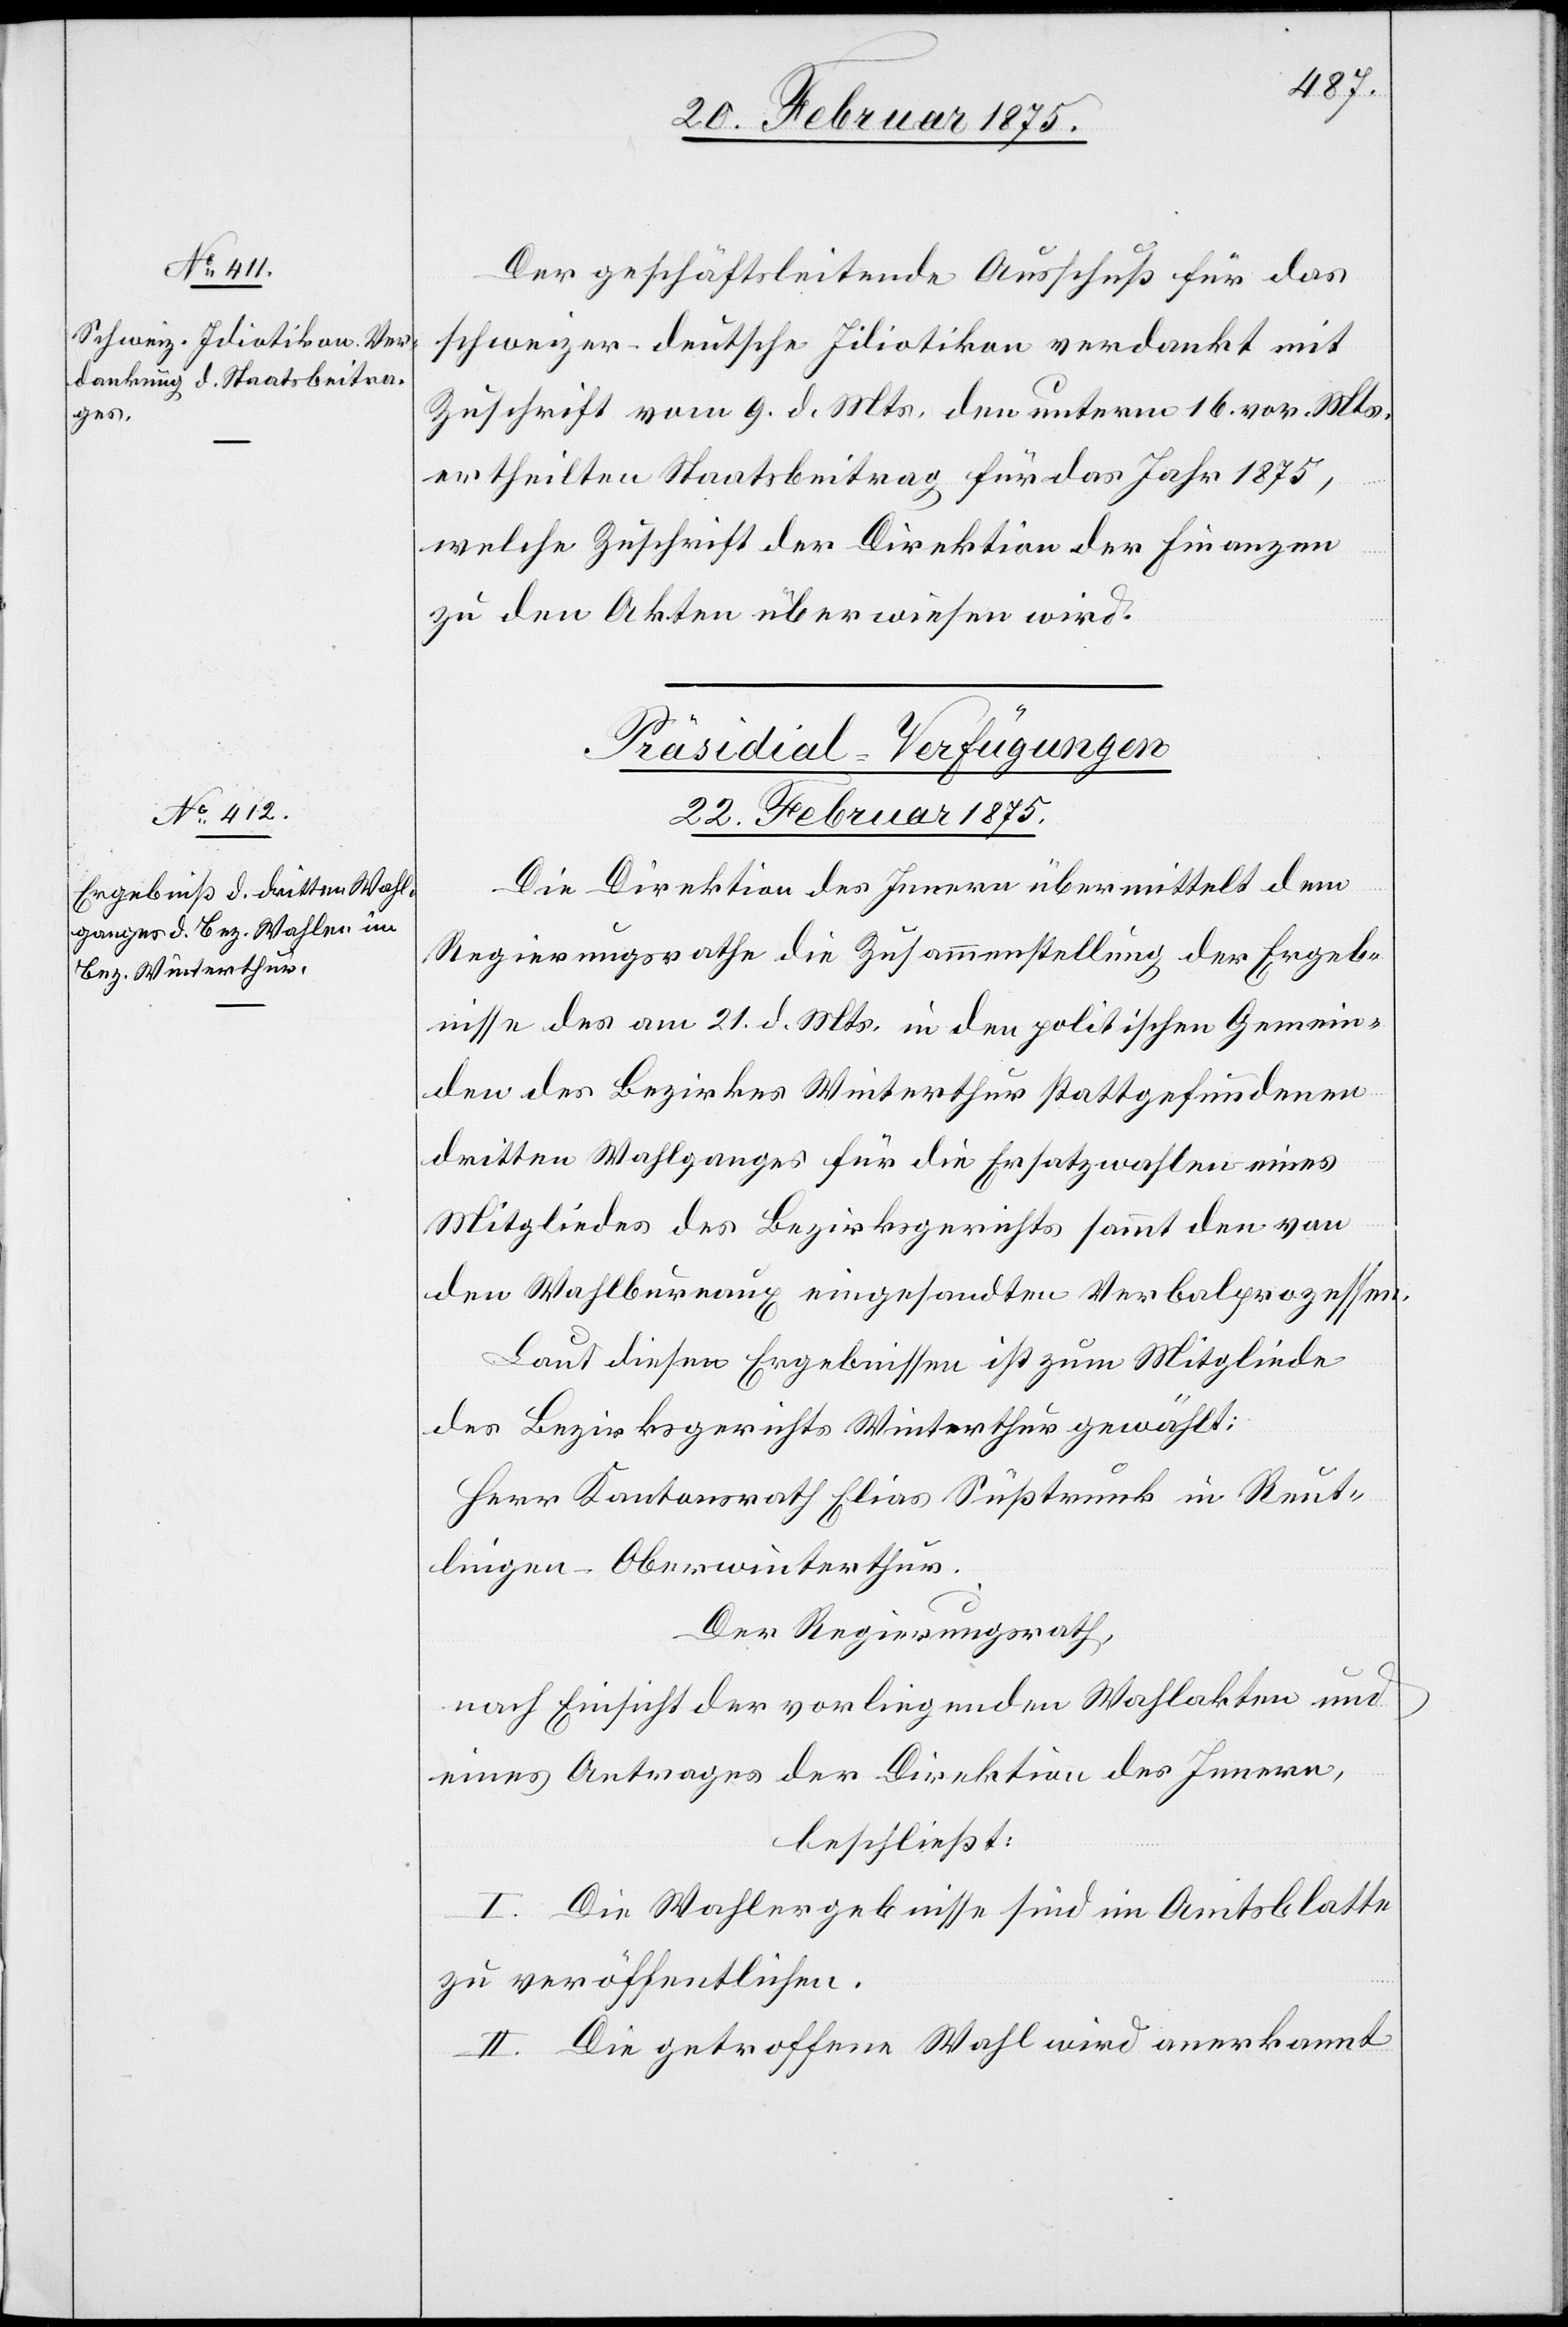
Der geschäftsleitende Ausschuß für das
schweizer-deutsche Idiotikon verdankt mit
Zuschrift vom 9. d. Mts. den unterm 16. vor. Mts.
ertheilten Staatsbeitrag für das Jahr 1875,
welche Zuschrift der Direktion der Finanzen
zu den Akten überwiesen wird.
Präsidial-Verfügungen
22. Februar 1875.
Die Direktion des Innern übermittelt dem
Regierungsrathe die Zusammenstellung der Ergeb¬
nisse des am 21. d. Mts. in den politischen Gemein¬
den des Bezirkes Winterthur stattgefundenen
dritten Wahlganges für die Ersatzwahlen eines
Mitgliedes des Bezirksgerichts sammt den von
den Wahlbureaux eingesandten Verbalprozessen.
Laut diesen Ergebnissen ist zum Mitgliede
des Bezirksgerichts Winterthur gewählt:
Herr Kantonsrath Elias Süßtrunk in Reut¬
lingen-Oberwinterthur.
Der Regierungsrath,
nach Einsicht der vorliegenden Wahlakten und
eines Antrages der Direktion des Innern,
beschließt:
I. Die Wahlergebnisse sind im Amtsblatte
zu veröffentlichen.
II. Die getroffene Wahl wird anerkannt